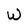
Character: W